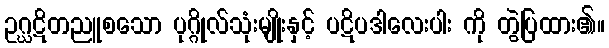
ဥဂ္ဃဋိတညူစသော ပုဂ္ဂိုလ်သုံးမျိုးနှင့် ပဋိပဒါလေးပါး ကို တွဲပြထား၏။